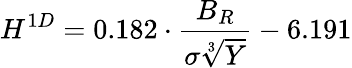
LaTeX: {H^{1D}=0.182\cdot\frac{B_{R}}{\sigma\sqrt[3]{Y}}-6.191}